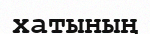
хатының